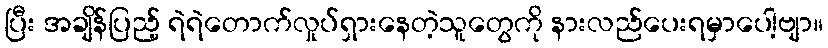
ပြီး အချိန်ပြည့် ရဲရဲတောက်လှုပ်ရှားနေတဲ့သူတွေကို နားလည်ပေးရမှာပေါ့ဗျာ။